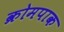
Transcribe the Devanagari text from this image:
क्रोमपाक